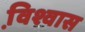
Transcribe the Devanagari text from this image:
वि़श्वास